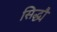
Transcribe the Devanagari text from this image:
सिद्ध्यै